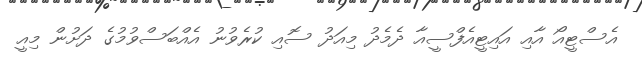
އެސްޓީއޯ އާއި އައިޓީއެފްސީއާ ދެމެދު މިއަދު ސޮއި ކުރެވުނު އެއްބަސްވުމުގެ ދަށުން މިއީ